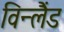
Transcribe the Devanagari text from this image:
विन्लैंड